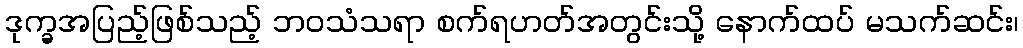
ဒုက္ခအပြည့်ဖြစ်သည့် ဘဝသံသရာ စက်ရဟတ်အတွင်းသို့ နောက်ထပ် မသက်ဆင်း၊